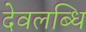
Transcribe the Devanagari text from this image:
देवलब्धि